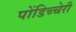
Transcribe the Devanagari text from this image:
पोंडिच्चेरी